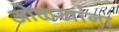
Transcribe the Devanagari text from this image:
ओळखांना